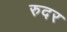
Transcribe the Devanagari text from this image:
रुदर